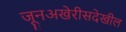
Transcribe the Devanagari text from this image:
जूनअखेरीसदेखील